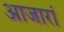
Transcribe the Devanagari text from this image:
आजारां